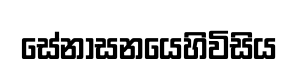
සේනාසනයෙහිවිසිය